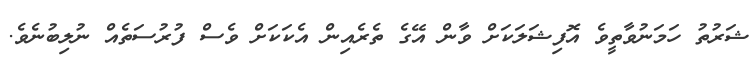
ޝަރުތު ހަމަނުވާތީވެ އޮފިޝަލަކަށް ވާން އޭގެ ތެރެއިން އެކަކަށް ވެސް ފުރުސަތެއް ނުލިބުނެވެ.